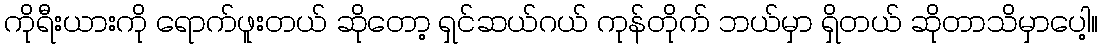
ကိုရီးယားကို ရောက်ဖူးတယ် ဆိုတော့ ရှင်ဆယ်ဂယ် ကုန်တိုက် ဘယ်မှာ ရှိတယ် ဆိုတာသိမှာပေါ့။